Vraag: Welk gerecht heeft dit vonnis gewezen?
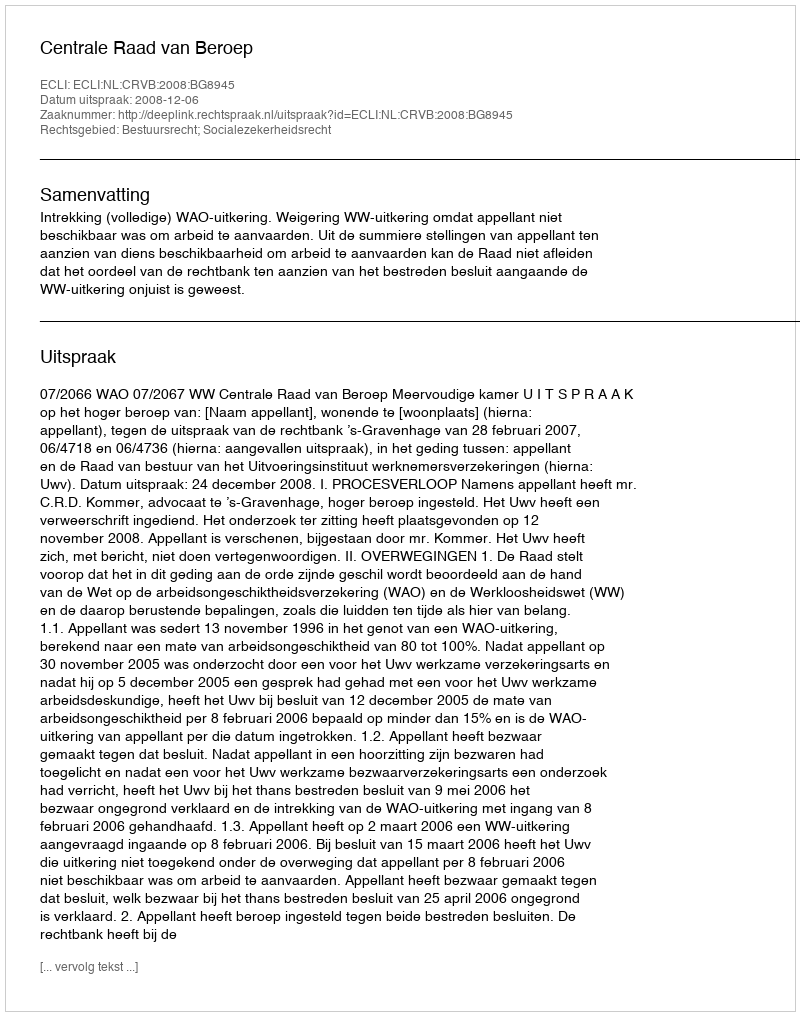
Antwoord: Centrale Raad van Beroep